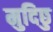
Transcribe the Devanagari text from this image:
मुदिछु